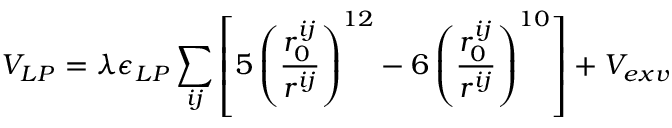
V _ { L P } = \lambda \epsilon _ { L P } \sum _ { i j } \left[ 5 \left( \frac { r _ { 0 } ^ { i j } } { r ^ { i j } } \right) ^ { 1 2 } - 6 \left( \frac { r _ { 0 } ^ { i j } } { r ^ { i j } } \right) ^ { 1 0 } \right] + V _ { e x v }